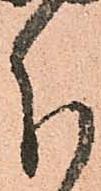
分